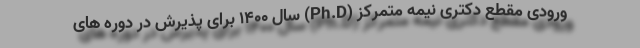
ورودی مقطع دکتری نیمه متمرکز (Ph.D) سال ۱۴۰۰ برای پذیرش در دوره های